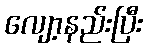
လျော့နည်းပြီး